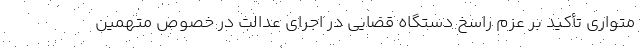
متواری تأکید بر عزم راسخ دستگاه قضایی در اجرای عدالت در خصوص متهمین